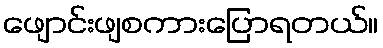
ဖျောင်းဖျစကားပြောရတယ်။